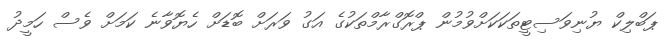
ޕަބްލިކް ޔުނިވަސިޓީތަކަކަށްވުމުން ޕްރޮގްރާމްތަކުގެ އަގު ވަރަށް ބޮޑަށް ހެޔޮވާނެ ކަމަށް ވެސް ހަމީދު